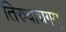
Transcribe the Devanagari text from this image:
तिरुवाचगम्‌